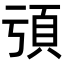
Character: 𩑕